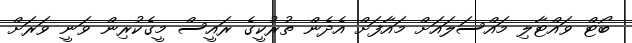
ބޯޓް ވައްޓާލި މައްސަލައަށް މައާފަށް އެދެން ތުރުކީގެ ރައީސް މީގެކުރިން ވަނީ ވަރަށް